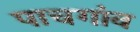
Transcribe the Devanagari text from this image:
पाचगांव